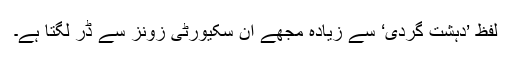
لفظ ’دہشت گردی‘ سے زیادہ مجھے ان سکیورٹی زونز سے ڈر لگتا ہے۔